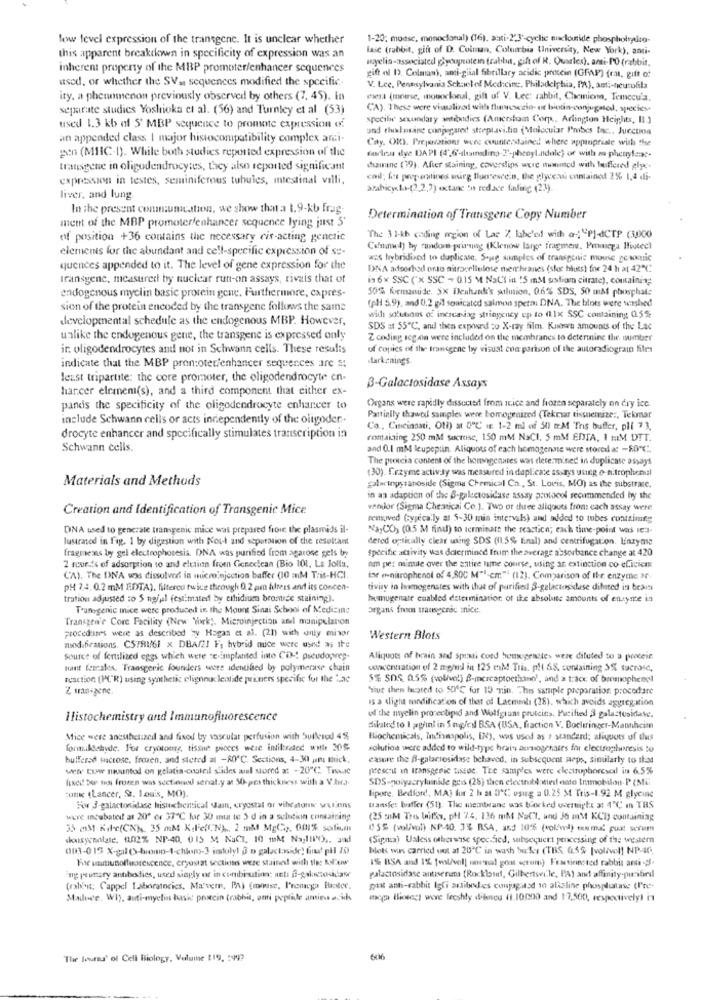
fow fevel expression of the transgene. It is unclear whether
1-20: modse, monoclonal) (16), anti-2"3" cyclie niclouride phospholydto-
lase (rabbit, gift of D. Colman, Columbia University, New York), anti-
this apparent breakdown in specificity of expression was an
myelin-associated glycopotem trablus, gift of R. Quarles). anti-PO (rabbit,
inherent property of the MBP promoter/enhancer sequences
used, or whether the SV. sequences modified the specific-
gift ol D. Colman), ami-glial fibrillary acidic protein (GFAP) (rat, gift of
V. Lee, Pennsylvania Schoolof Medicine, Philadelphia, PA), anti-neurofila
ity. a phenomenon previously observed by others (7. 45). In
mesa (mouse, monoclonal, gift of V. Lec: rabbit, Chemiom, Temccu'a.
separate studies Yoshioka cl al. (56) and Turnley et al (53)
CA). These were visualiza! with fluresezin- or biotin-conjugated, species-
Specilie seuundary weibodies (Amersham Corp ., Arlington Heights, Il.)
used 1.3 kb af S' MBP sequence to promote expression of
and thalasand conjugaret steeplavi.tio (Molecular Probes tac ., Jurcuoa
an appended class I major histocompatibility complex ami-
Cay, OR). Preparations were counterstained where appropriate with the
gen (MIIC-1). While both studies reported expression of the
farlesu dye DAPI (4",6-lamadino T'-phenyl.ndale) of with m-phenylange.
transgene in oligodendrocytes, they also reported significant
durine (79). After staining, coverslips were wwwnicd with buffered glyc.
expression in testes, seminiferous tubules, intestinal valli.
codl; fs preparatines wirg fluorescein, the glycea containot 2% 1,4 di-
arabicy &r ?. 2,91 octane to reduce fading (23)
liver, and lung.
In the present communication, we show that a 1.9-kb frag-
Determination of Transgene Copy Number
ment of the MBP promoterfenhancer sequence lying just S'
of position +36 contains the necessary cis-acting genetic
The 31-kh coding region of Lac 7. labe'ed with @: "P]-dCTP (3,000
elements for the abundant and ce!l-specific expression of se-
Cofnel) by random-primaing (Klenww large fragment, Pmmega Piutecl
wz hybridized to duplicate. Sojag samples of transgenic mouse ge wxnic
quences appended to it. The level of gene expression for the
DNA adsorhod onto nitrocellulose menbranes (stoc bluts) for 24 h at 42℃
transgene, measured by nuclear runt-on assays, rivals that of
is 6× SSC ('x SSC - 015 M NaCT in '5 mM sodium citrate), containing
50% feitanude. SX Denhunk's solution, 0.6% SDS, 50 m& phosphate
endogenous myclin basic protein gene. Furthermore, capres-
(pl 5.9), and 0,2 gil souicated salmon spera DNA. The blots were washed
sion of the protein encoded by the transgene follows the same
developmental schedule as the endogenous MBP. However,
wich solutions of increasing stringency ep to (1x SSC containing 05%
SDS at SS"℃, and then exposed to X-ray film. Kumwh amounts of the Lac
unlike the endogenous gene, the transgene is expressed only
Z coding icg on were included on the membranes to determine the number
ir. oligodendrocytes and not in Schwann cells. These results
of copies of the transgene toy visual con parison of the autoradiogram files
darkenings.
indicate that the MBP pron:oter/enhancer sequences are a!
least tripartite: the core promoter, the oligodendrocyte en-
B-Galactosidase Assays
hancer elemen(s), and a third component that either ex-
pands the specificity of the oligodendrocyte enhancer to
Organs were rapidly dissociof from Itrice and frozen separately on dry ice.
include Schwann cells or acts independently of the oligoder.
Partially thawed samples were homogenized (Tekrar tissuemize :, Tekmar
Co ., Cucinani, Oti) at 0℃ it: 1-2 ml of 50) trM Tris buffer, pli 73.
drocyte enhancer and specifically stimulates transcription in
romaining 250 mM sucrose, 150 mM NaCI. 5 mM EDTA, 1 mM DTT.
Schwann cells.
and 0.I mM leupeptin. Aliquots of each homogensse were stored a: - 80ºC.
The proicia content of the homogenates was determined in duplicate assays
(30). f.rzyme activay was measured in duplicate sssays using @ n.trophenul
Materials and Methods
galw topy sanoside (Sigma Chemical Cn ., St. Louis, MO) as the substrate.
in an adaption of the B-galactosidase assay protocol recommended by the
Creation and Identification of Transgenic Mice
vendor (Sigma Cheaticai Co.]. Two or duee aliquots from: cach assay were
restoved (yjecally at 5-30 min intervals) and added to tubes containing
DNA used to generate transgenic mice was prepared frour; the plasmids il-
NayCC3 (0.5 M final) to terminate the reaction; each time-point was es
lustrated in fig. 1 by digestion with Nout and separation of the resultant
dered ogtically clear using SDS ((1.5% Enal) and centrifugation. Enzymse
fragmeans by gel electrophoresis. DNA was purified from agarose gels by
Specific activity was determined frum the average absorbance change at 420
2 rounds of adsorption to and elution from Geneclean (Bio 101, La Jolla.
am per minute over the entire time course, using an extinction co eficient
CA). The DNA was dissolved in microinjection baffer (10 mM Tris-HCI.
for (-nitrophenol of 4,800 M" !- cm"4 (12). Comparison of the enzyme 3
PH 7.4.02 mM EDTA), filtered twice through 0.2 pm alters and its concen-
tiviay io homogenates with that of purifies 3-galactosidase diluted in bears
tration adjusted :o $ na/al (estimated by cihidium bromide staining).
homugenate cuabled determination of the absolute amounts of enzyme in
T'unogenic mice were produced in the Mount Sinai School of Medicine
Organs frem transgenic nice.
Transzen'e Core Facility (New York). Microinjection amel manipulation
procedaines were as described by Hagan et al. (21) with anty minor
Western Blots
mod.frations. CSTRI/61 x DBA/2! F, hybrid mice were used as ite
source of fertilized eggs which were se implanted into CD -: pseudo;wrep-
Aliquots of brain and sposti cond homogenstes were diluted to a ponteie.
nant females. Transgenic founders were identified by polymerase chain
concentration of 2 mg/dl in 125 mM Tria. plt &8. containing 3%, sucrose,
reaction (PCR) using synthetic elignnucleotide primers specific for the 'Lac
5% SDS. 0.5% (volive!) B-mercaptoethant', and a trace of bremophenci
Z unigene.
Tiue then located to 50℃ fur 19 nin. This sample preparation. procedare
is a slight modification of that of Lacmel: (28), which avoids aggregation
Histochemistry and Immunofluorescence
of the myelin protectiond and Wolfgrams proteins, Macified & galactualdate.
dilated to I ppini in Sng/nl BSA (USA, fraction V. Docheringer-Mannheim
Mice were anesthelized and fixed by vasculat perfusion with bulkerod 4%
Biochemicals, Indianapolis, IN), was used as ? standard; aliquots of dus
formilSebyde. For cryotomy, tissue picces were inlikerated wil 20%
solution were added to wild-type brain amnogenates for electrophoresis to
buffered sucrose, frozen, and stered at -ROC. Sections, 4-301 jan thick,
casure the A-galacrosidase behaved, in subsequent seps, similarly to that
www. Car mountod on gelatis-costeil slides sial stored at -20℃ Trswie
presenil in transgenic tissue. The samples were electrophoresal in 6.5%
fixed por tion frozen was sectioned senat.y at 50-pra thickness with a V.bra.
SDS-polyacrylumide gris (28) then electrotiotied onto Immobilon- P (Mui
tune (Lancer, St. Louis, MO).
lipote. Bedford, MAS fur 2 b at 0℃ vsug a 0.25 M Tris-1.92 M glycine
Fw 3-galactosidase histochemical Main, cryostal or vibratoun seulens
transfer baffer (51). The memtwane wos blocked uwernight at 4℃ in TRS
were incubated at 20º er 37℃ for 30 mma te 5 d in a sulecin containing
(25 mnM Tres Withes, ph 7.4. 136 mM NaCt, and 36 mM KCh) containing
35 mM Kile(CN), 35 mM Kole(N) ,, 2 mM MgCp, 001% sodium
15S (wlival) NP-40. 3% RSA, and 10% (wolfved) enn mal pust serums
dousynolate. (202% NP-40, 015 M NaCl, 10 mM Na;III'O) .. and
(Sipma) Ualess otherwise specified, subsequent processing of the western
003-015 X-gil(-bromo-4-chyo)-] indoly! ? o galactoside) fint pll 10
Mok was carried out at 20℃ in wash bufer (TBS 6.5% [volivel] NP-40.
For ummunofluorescence, cryosrat sectiones were staitwee! with the: AN"une
1% RSA and 1% [el/voll wasal gout «grum) Fractionstod rabbit anti -;.
ing prunary antibesdies, used sinply or in cunbisation: ant: @-galanttosidase
palactosidase antiserama (Roxklaut, Gilbertsville, PA) and affinity-purified
(rabbit; Cappel Laboratories, Ma"vem, PA) (mouse, I'vemcga Plaster.
pont anti-rabbit Igli antibodies conjagitsd to alkaline phospduattase (I'ne-
Madove, WI), anti-myelin basic precin (rabbis, ami peptide amie acids
mega llinic) were freshly dilencu (1.10000 and 17,500, respectively) in
The Journa' of Cell Biology, Volume 119, 199?
606